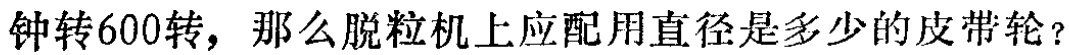
钟转600转，那么脱粒机上应配用直径是多少的皮带轮？